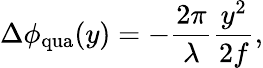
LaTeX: \Delta\phi_{\mathrm{qua}}(y)=-\frac{2\pi}{\lambda}\frac{y^{2}}{2f},